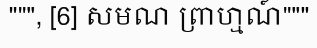
""", [6] សមណ ព្រាហ្មណ៍"""